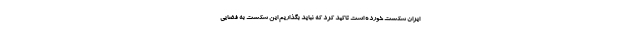
ایران شکست خورده است تاکید کرد که نباید بگذاریم این شکست به فضایی